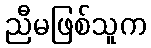
ညီမဖြစ်သူက